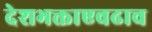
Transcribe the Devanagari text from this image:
देशभक्ताएवढाच